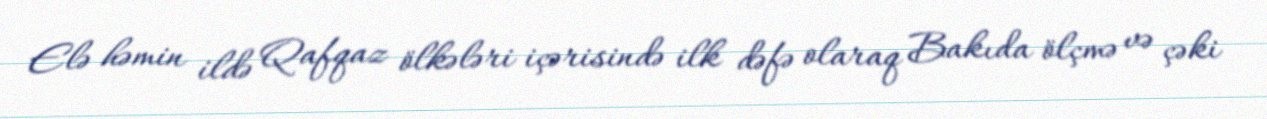
Elə həmin ildə Qafqaz ölkələri içərisində ilk dəfə olaraq Bakıda ölçmə və çəki